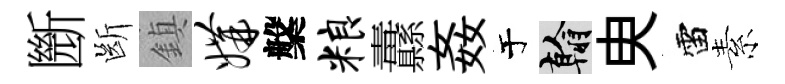
㫁㫁鎮媾槃粮纛姦于翰㬰雷素